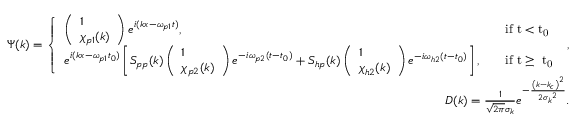
\begin{array} { r l r } & { } & { \Psi ( k ) = \left\{ \begin{array} { l l } { \left( \begin{array} { l } { 1 } \\ { \chi _ { p 1 } ( k ) } \end{array} \right) e ^ { i ( k x - \omega _ { p 1 } t ) } , } & { \quad \mathrm { i f ~ t < t _ 0 ~ } } \\ { e ^ { i ( k x - \omega _ { p 1 } t _ { 0 } ) } \left[ S _ { p p } ( k ) \left( \begin{array} { l } { 1 } \\ { \chi _ { p 2 } ( k ) } \end{array} \right) e ^ { - i \omega _ { p 2 } ( t - t _ { 0 } ) } + S _ { h p } ( k ) \left( \begin{array} { l } { 1 } \\ { \chi _ { h 2 } ( k ) } \end{array} \right) e ^ { - i \omega _ { h 2 } ( t - t _ { 0 } ) } \right] , } & { \quad \mathrm { i f ~ t \ge ~ t _ 0 ~ } } \end{array} \right. , } \\ & { } & { D ( k ) = \frac { 1 } { \sqrt { 2 \pi } \sigma _ { k } } e ^ { - \frac { \left( k - k _ { c } \right) ^ { 2 } } { 2 { \sigma _ { k } } ^ { 2 } } } . } \end{array}